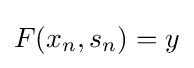
F(x_{n},s_{n})=y